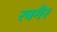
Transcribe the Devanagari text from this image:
रबगैर